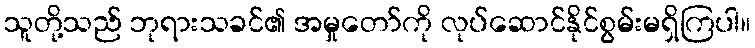
သူတို့သည် ဘုရားသခင်၏ အမှုတော်ကို လုပ်ဆောင်နိုင်စွမ်းမရှိကြပါ။